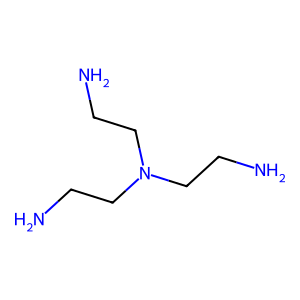
SMILES: NCCN(CCN)CCN
Inhibits HIV replication: No